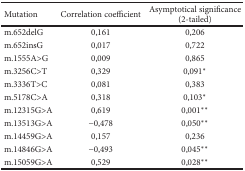
<table><thead><tr><td><b>Mutation</b></td><td><b>Correlation coefficient</b></td><td><b>Asymptotical significance (2-tailed)</b></td></tr></thead><tbody><tr><td>m.652delG</td><td>0,161</td><td>0,206</td></tr><tr><td>m.652insG</td><td>0,017</td><td>0,722</td></tr><tr><td>m.1555A&gt;G</td><td>0,009</td><td>0,865</td></tr><tr><td>m.3256C&gt;T</td><td>0,329</td><td>0,091<sup>∗</sup></td></tr><tr><td>m.3336T&gt;C</td><td>0,081</td><td>0,383</td></tr><tr><td>m.5178C&gt;A</td><td>0,318</td><td>0,103<sup>∗</sup></td></tr><tr><td>m.12315G&gt;A</td><td>0,619</td><td>0,001<sup>∗∗</sup></td></tr><tr><td>m.13513G&gt;A</td><td>−0,478</td><td>0,050<sup>∗∗</sup></td></tr><tr><td>m.14459G&gt;A</td><td>0,157</td><td>0,236</td></tr><tr><td>m.14846G&gt;A</td><td>−0,493</td><td>0,045<sup>∗∗</sup></td></tr><tr><td>m.15059G&gt;A</td><td>0,529</td><td>0,028<sup>∗∗</sup></td></tr></tbody></table>